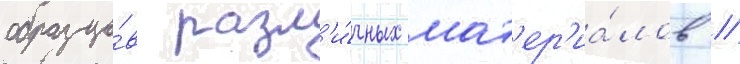
образцо́в разл'и́чных мат'ер'иа́лов //